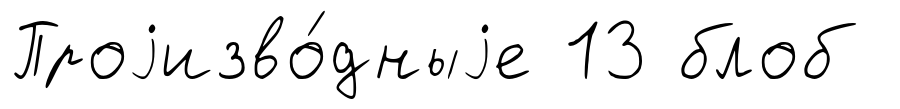
Проjизво́дныjе 13 блоб